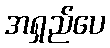
အရှည်ပေ